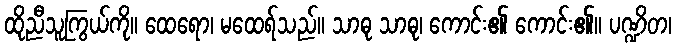
ထိုညီသူကြွယ်ကို။ ထေရော၊ မထေရ်သည်။ သာဓု သာဓု၊ ကောင်း၏ ကောင်း၏။ ပဏ္ဍိတ၊